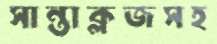
সান্তাক্লজসহ